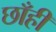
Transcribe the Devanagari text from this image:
छाँहीं